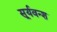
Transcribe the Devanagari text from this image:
सूर्यवन्श